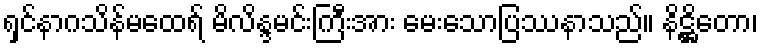
ရှင်နာဂသိန်မထေရ် မိလိန္ဒမင်းကြီးအား မေးသောပြဿနာသည်။ နိဋ္ဌိတော၊